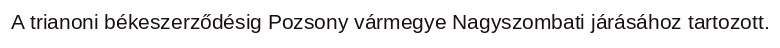
A trianoni békeszerződésig Pozsony vármegye Nagyszombati járásához tartozott.